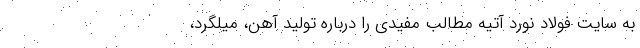
به سایت فولاد نورد آتیه مطالب مفیدی را درباره تولید آهن، میلگرد،